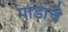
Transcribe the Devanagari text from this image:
पाडाचे